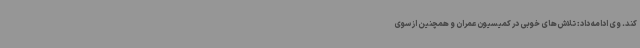
کند. وی ادامه داد: تلاش‌های خوبی در کمیسیون عمران و همچنین از سوی